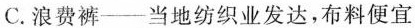
C.浪费裤——当地纺织业发达，布料便宜